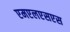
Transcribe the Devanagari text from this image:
एमएलएसएस